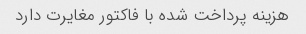
هزینه پرداخت شده با فاکتور مغایرت دارد